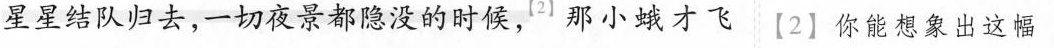
星星结队归去，一切夜景都隐没的时候，2那小蛾才飞^{【2】}【2】你能想象出这幅